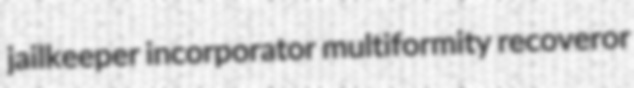
jailkeeper incorporator multiformity recoveror